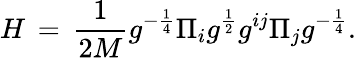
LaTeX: H\, =\, \frac{1}{2M}g^{-\frac{1}{4}}\Pi_{i}g^{\frac{1}{2}}g^{ij}\Pi_{j}g^{-\frac{1}{4}}.